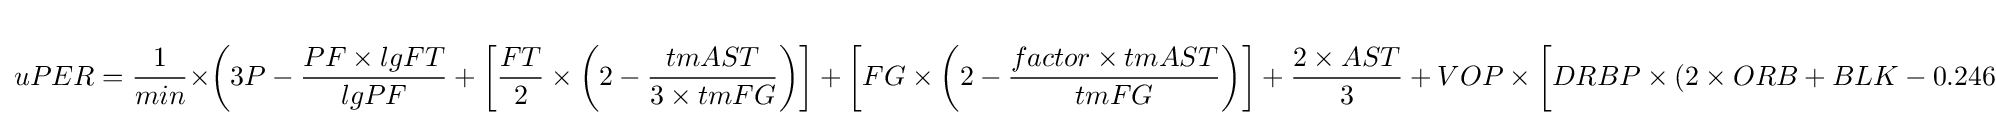
uPER={\frac {1}{min}}\times \left(3P-{\frac {PF\times lgFT}{lgPF}}+\left[{\frac {FT}{2}}\times \left(2-{\frac {tmAST}{3\times tmFG}}\right)\right]+\left[FG\times \left(2-{\frac {factor\times tmAST}{tmFG}}\right)\right]+{\frac {2\times AST}{3}}+VOP\times \left[DRBP\times \left(2\times ORB+BLK-0.2464\times \left[FTA-FT\right]-\left[FGA-FG\right]-TRB\right)+{\frac {0.44\times lgFTA\times PF}{lgPF}}-\left(TO+ORB\right)+STL+TRB-0.1936\left(FTA-FT\right)\right]\right)